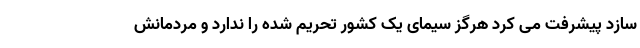
سازد پیشرفت می کرد هرگز سیمای یک کشور تحریم شده را ندارد و مردمانش